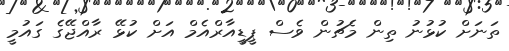
ތަނަށް ކުޅުނު ތިން މެޗުން ވެސް ޕީޑީއާރްއެމް އަށް ކުޅޭ ރާއްޖޭގެ ގައުމީ